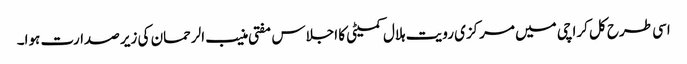
اسی طرح کل کراچی میں مرکزی رویت ہلال کمیٹی کا اجلاس مفتی منیب الرحمان کی زیر صدارت ہوا۔